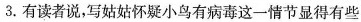
3，有读者说，写姑姑怀疑小鸟有病毒这一情节显得有些